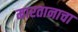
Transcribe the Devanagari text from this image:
मारतानाचा